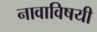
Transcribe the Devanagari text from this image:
नावाविषयी